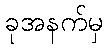
ခုအနက်မှ